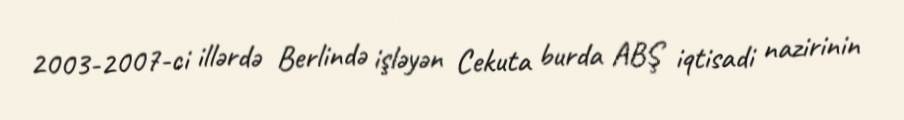
2003-2007-ci illərdə Berlində işləyən Cekuta burda ABŞ iqtisadi nazirinin